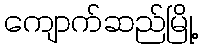
ကျောက်ဆည်မြို့